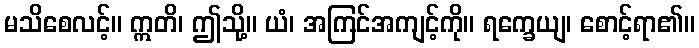
မသိစေလင့်။ ဣတိ၊ ဤသို့။ ယံ၊ အကြင်အကျင့်ကို။ ရက္ခေယျ၊ စောင့်ရာ၏။